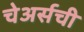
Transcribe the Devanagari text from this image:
चेअर्सची